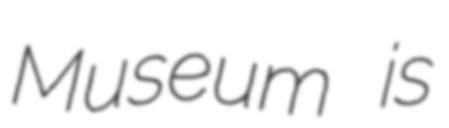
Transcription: Museum is